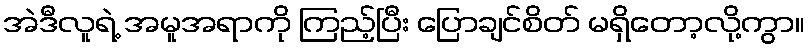
အဲဒီလူရဲ့ အမူအရာကို ကြည့်ပြီး ပြောချင်စိတ် မရှိတော့လို့ကွာ။